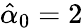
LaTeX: \hat{\alpha}_{0}=2